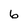
Character: 6